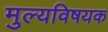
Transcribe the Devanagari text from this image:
मुल्यविषयक